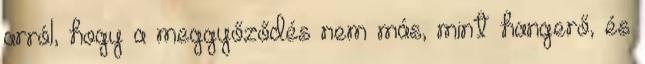
arról, hogy a meggyőződés nem más, mint hangerő, és